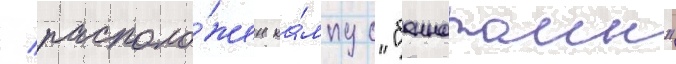
/ располо́жен ка́мпус "баннатаин"